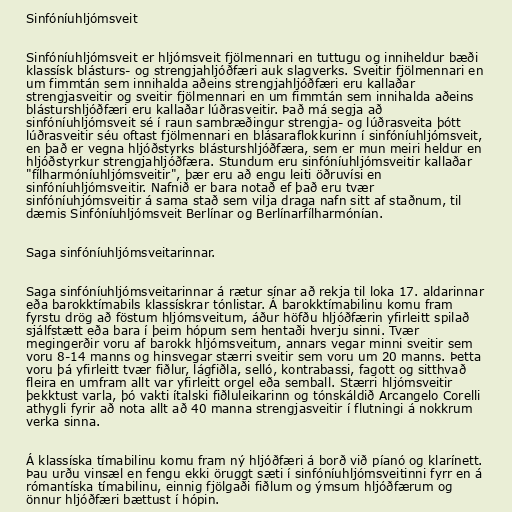
Sinfóníuhljómsveit

Sinfóníuhljómsveit er hljómsveit fjölmennari en tuttugu og inniheldur bæði
klassísk blásturs- og strengjahljóðfæri auk slagverks. Sveitir fjölmennari en
um fimmtán sem innihalda aðeins strengjahljóðfæri eru kallaðar
strengjasveitir og sveitir fjölmennari en um fimmtán sem innihalda aðeins
blásturshljóðfæri eru kallaðar lúðrasveitir. Það má segja að
sinfóníuhljómsveit sé í raun sambræðingur strengja- og lúðrasveita þótt
lúðrasveitir séu oftast fjölmennari en blásaraflokkurinn í sinfóníuhljómsveit,
en það er vegna hljóðstyrks blásturshljóðfæra, sem er mun meiri heldur en
hljóðstyrkur strengjahljóðfæra. Stundum eru sinfóníuhljómsveitir kallaðar
"fílharmóníuhljómsveitir", þær eru að engu leiti öðruvísi en
sinfóníuhljómsveitir. Nafnið er bara notað ef það eru tvær
sinfóníuhjómsveitir á sama stað sem vilja draga nafn sitt af staðnum, til
dæmis Sinfóníuhljómsveit Berlínar og Berlínarfílharmónían.

Saga sinfóníuhljómsveitarinnar.

Saga sinfóníuhljómsveitarinnar á rætur sínar að rekja til loka 17. aldarinnar
eða barokktímabils klassískrar tónlistar. Á barokktímabilinu komu fram
fyrstu drög að föstum hljómsveitum, áður höfðu hljóðfærin yfirleitt spilað
sjálfstætt eða bara í þeim hópum sem hentaði hverju sinni. Tvær
megingerðir voru af barokk hljómsveitum, annars vegar minni sveitir sem
voru 8-14 manns og hinsvegar stærri sveitir sem voru um 20 manns. Þetta
voru þá yfirleitt tvær fiðlur, lágfiðla, selló, kontrabassi, fagott og sitthvað
fleira en umfram allt var yfirleitt orgel eða semball. Stærri hljómsveitir
þekktust varla, þó vakti ítalski fiðluleikarinn og tónskáldið Arcangelo Corelli
athygli fyrir að nota allt að 40 manna strengjasveitir í flutningi á nokkrum
verka sinna.

Á klassíska tímabilinu komu fram ný hljóðfæri á borð við píanó og klarínett.
Þau urðu vinsæl en fengu ekki öruggt sæti í sinfóníuhljómsveitinni fyrr en á
rómantíska tímabilinu, einnig fjölgaði fiðlum og ýmsum hljóðfærum og
önnur hljóðfæri bættust í hópin.